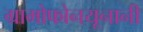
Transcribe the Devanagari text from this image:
ग्रामोफोनयूनानी